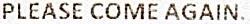
PLEASE COME AGAIN.